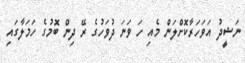
ނަޝީދު އަވަހަރާކޮށްލަން މެއި ހަ ވަނަ ދުވަހުގެ ރޭ ދިން ބޮމުގެ ހަމަލާގައި